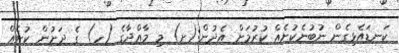
ކަނޑައެޅިގެން ނުބުނެކުށެއް ކުރުމަށް އެދުން:(ށ) މި މާއްދާގެ (ހ) ގެ ދަށުން ކުށެއް